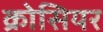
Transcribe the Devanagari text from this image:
क्रोसियर